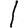
Digit: 1